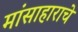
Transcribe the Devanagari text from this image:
मांसाहाराचे